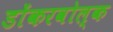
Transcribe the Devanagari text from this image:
डोंकरवोल्क